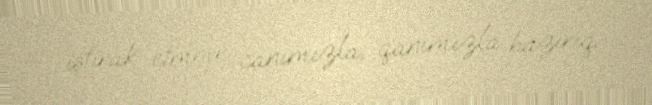
iştirak etməyə canımızla, qanımızla hazırıq.